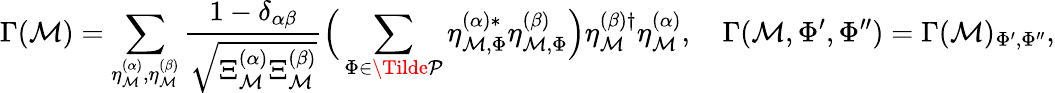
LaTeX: \Gamma(\mathcal{M})=\sum_{\eta_{\mathcal{M}}^{(\alpha)},\eta_{\mathcal{M}}^{(\beta)}}\frac{1-\delta_{\alpha\beta}}{\sqrt{\Xi_{\mathcal{M}}^{(\alpha)}\Xi_{\mathcal{M}}^{(\beta)}}}\Big(\sum_{\Phi\in\Tilde{\mathcal{P}}}\eta_{\mathcal{M},\Phi}^{(\alpha)*}\eta_{\mathcal{M},\Phi}^{(\beta)}\Big)\eta_{\mathcal{M}}^{(\beta)\dagger}\eta_{\mathcal{M}}^{(\alpha)},\quad\Gamma(\mathcal{M},\Phi^{\prime},\Phi^{\prime\prime})=\Gamma(\mathcal{M})_{\Phi^{\prime},\Phi^{\prime\prime}},